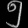
Digit: ၅